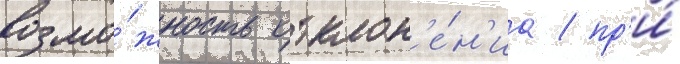
возмо́жность отклон'е́н'иа / пр'и́